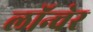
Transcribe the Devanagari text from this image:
लॉन्चेर